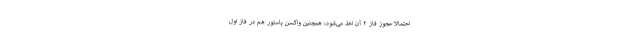
احتمالا مجوز فاز ۲ آن اخذ می‌شود، همچنین واکسن پاستور هم در فاز اول